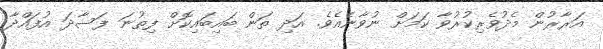
އަރާރުން މެދުވެރިކުރުވާ ކަމަށް ނުވާނެއެވެ. އަދި ތަން ބައިބައިކޮށް ފިތުނަ ފަސާދަ އުފައްދާ